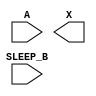
module sky130_fd_sc_lp__iso1n (
    //# {{data|Data Signals}}
    input  A      ,
    output X      ,

    //# {{power|Power}}
    input  SLEEP_B
);

    // Voltage supply signals
    supply1 VPWR ;
    supply0 KAGND;
    supply1 VPB  ;
    supply0 VNB  ;

endmodule